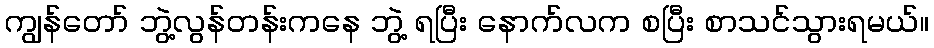
ကျွန်တော် ဘွဲ့လွန်တန်းကနေ ဘွဲ့ ရပြီး နောက်လက စပြီး စာသင်သွားရမယ်။